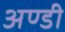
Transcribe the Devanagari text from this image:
अण्डी